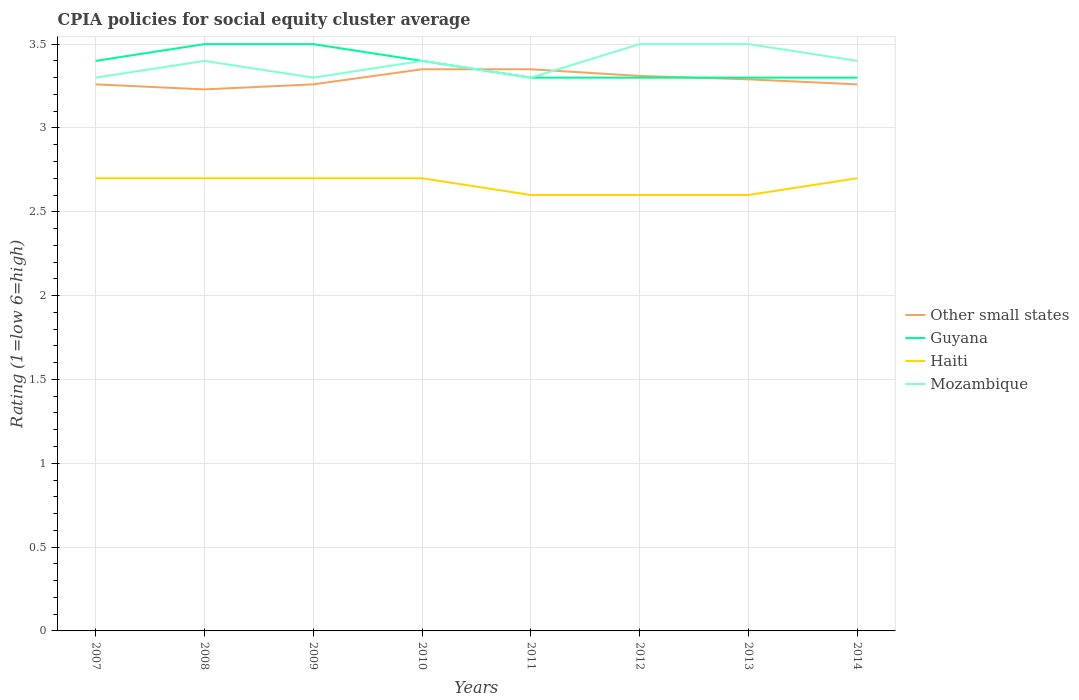
| Years | Other small states | Guyana | Haiti | Mozambique |
 | --- | --- | --- | --- | --- |
 | 2007 | 3.26 | 3.4 | 2.7 | 3.3 |
 | 2008 | 3.23 | 3.5 | 2.7 | 3.4 |
 | 2009 | 3.26 | 3.5 | 2.7 | 3.3 |
 | 2010 | 3.35 | 3.4 | 2.7 | 3.4 |
 | 2011 | 3.35 | 3.3 | 2.6 | 3.3 |
 | 2012 | 3.31 | 3.3 | 2.6 | 3.5 |
 | 2013 | 3.29 | 3.3 | 2.6 | 3.5 |
 | 2014 | 3.26 | 3.3 | 2.7 | 3.4 |